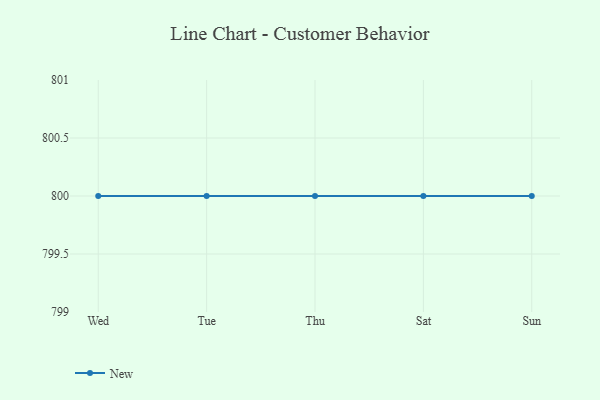
{"axis": {"x": "Day", "y": "Backlog"}, "legend": ["New"], "data": [{"x": "Wed", "y": 800, "type": "New"}, {"x": "Tue", "y": 800, "type": "New"}, {"x": "Thu", "y": 800, "type": "New"}, {"x": "Sat", "y": 800, "type": "New"}, {"x": "Sun", "y": 800, "type": "New"}]}